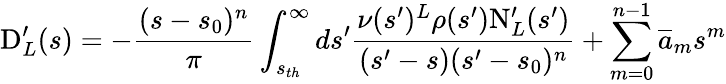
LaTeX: \mathrm{D}_{L}^{\prime}(s)=-\frac{(s-s_{0})^{n}}{\pi}\int_{s_{th}}^{\infty}ds^{\prime}\frac{\nu(s^{\prime})^{L}\rho(s^{\prime})\mathrm{N}_{L}^{\prime}(s^{\prime})}{(s^{\prime}-s)(s^{\prime}-s_{0})^{n}}+\sum_{m=0}^{n-1}\overline{{a}}_{m}s^{m}